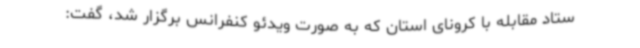
ستاد مقابله با کرونای استان که به صورت ویدئو کنفرانس برگزار شد، گفت: